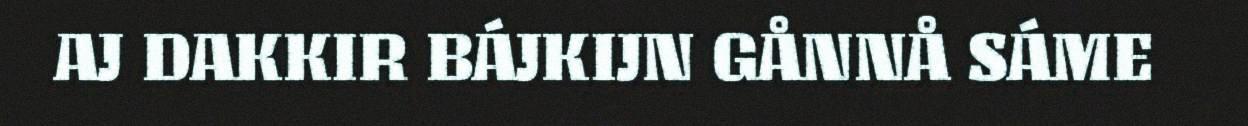
AJ DAKKIR BÁJKIJN GÅNNÅ SÁME